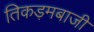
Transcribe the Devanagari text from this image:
तिकड़मबाजी